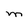
Character: M